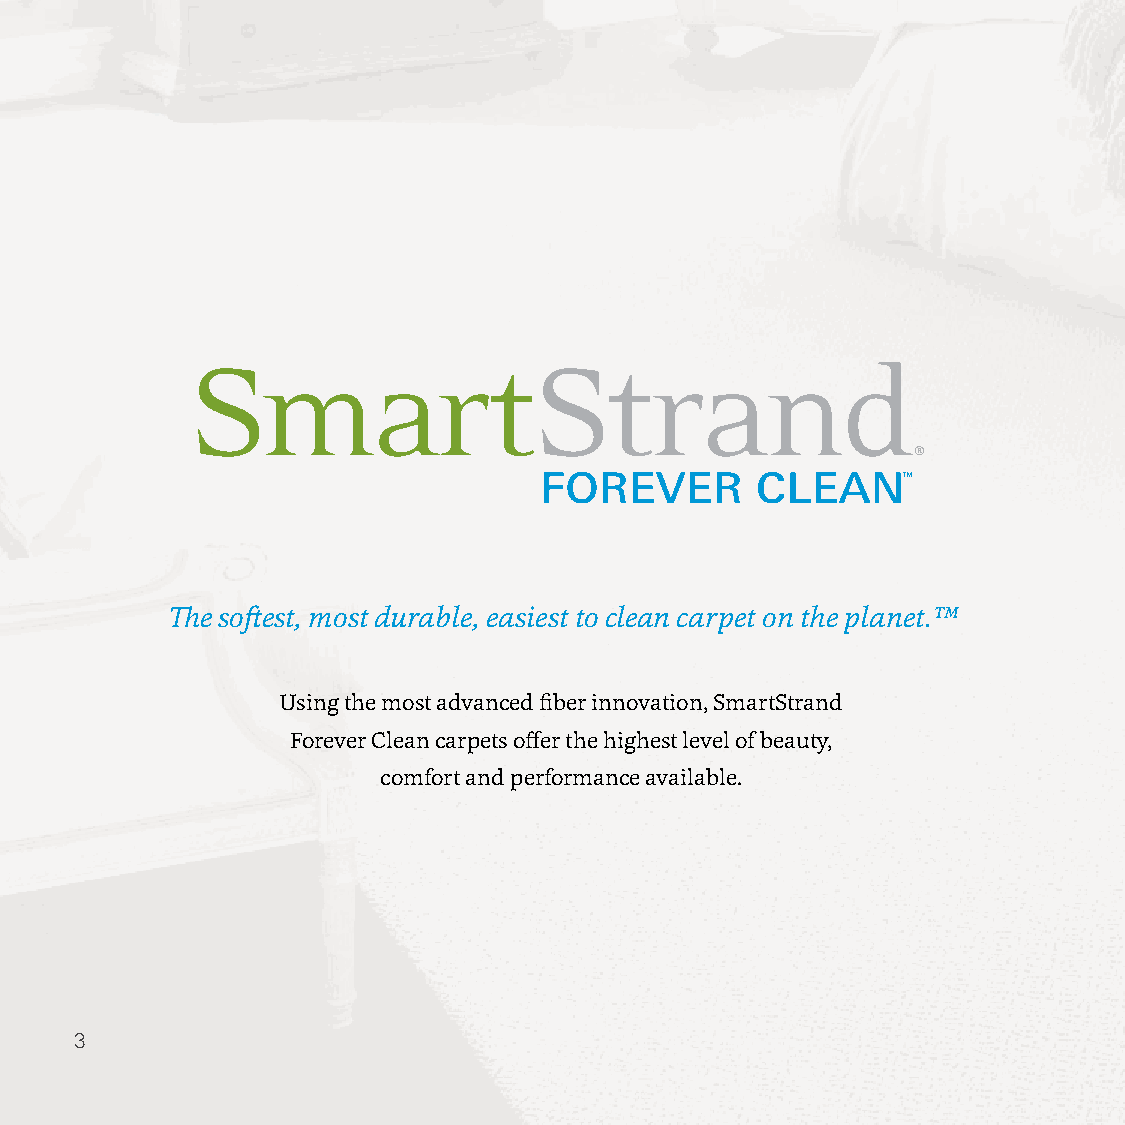
The softest, most durable, easiest to clean carpet on the planet.™
 Using the most advanced fiber innovation, SmartStrand
 Forever Clean carpets offer the highest level of beauty,
 comfort and performance available.
 33